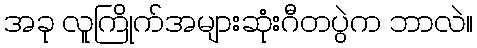
အခု လူကြိုက်အများဆုံးဂီတပွဲက ဘာလဲ။